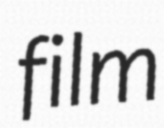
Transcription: film